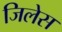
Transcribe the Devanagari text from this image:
जिलेस